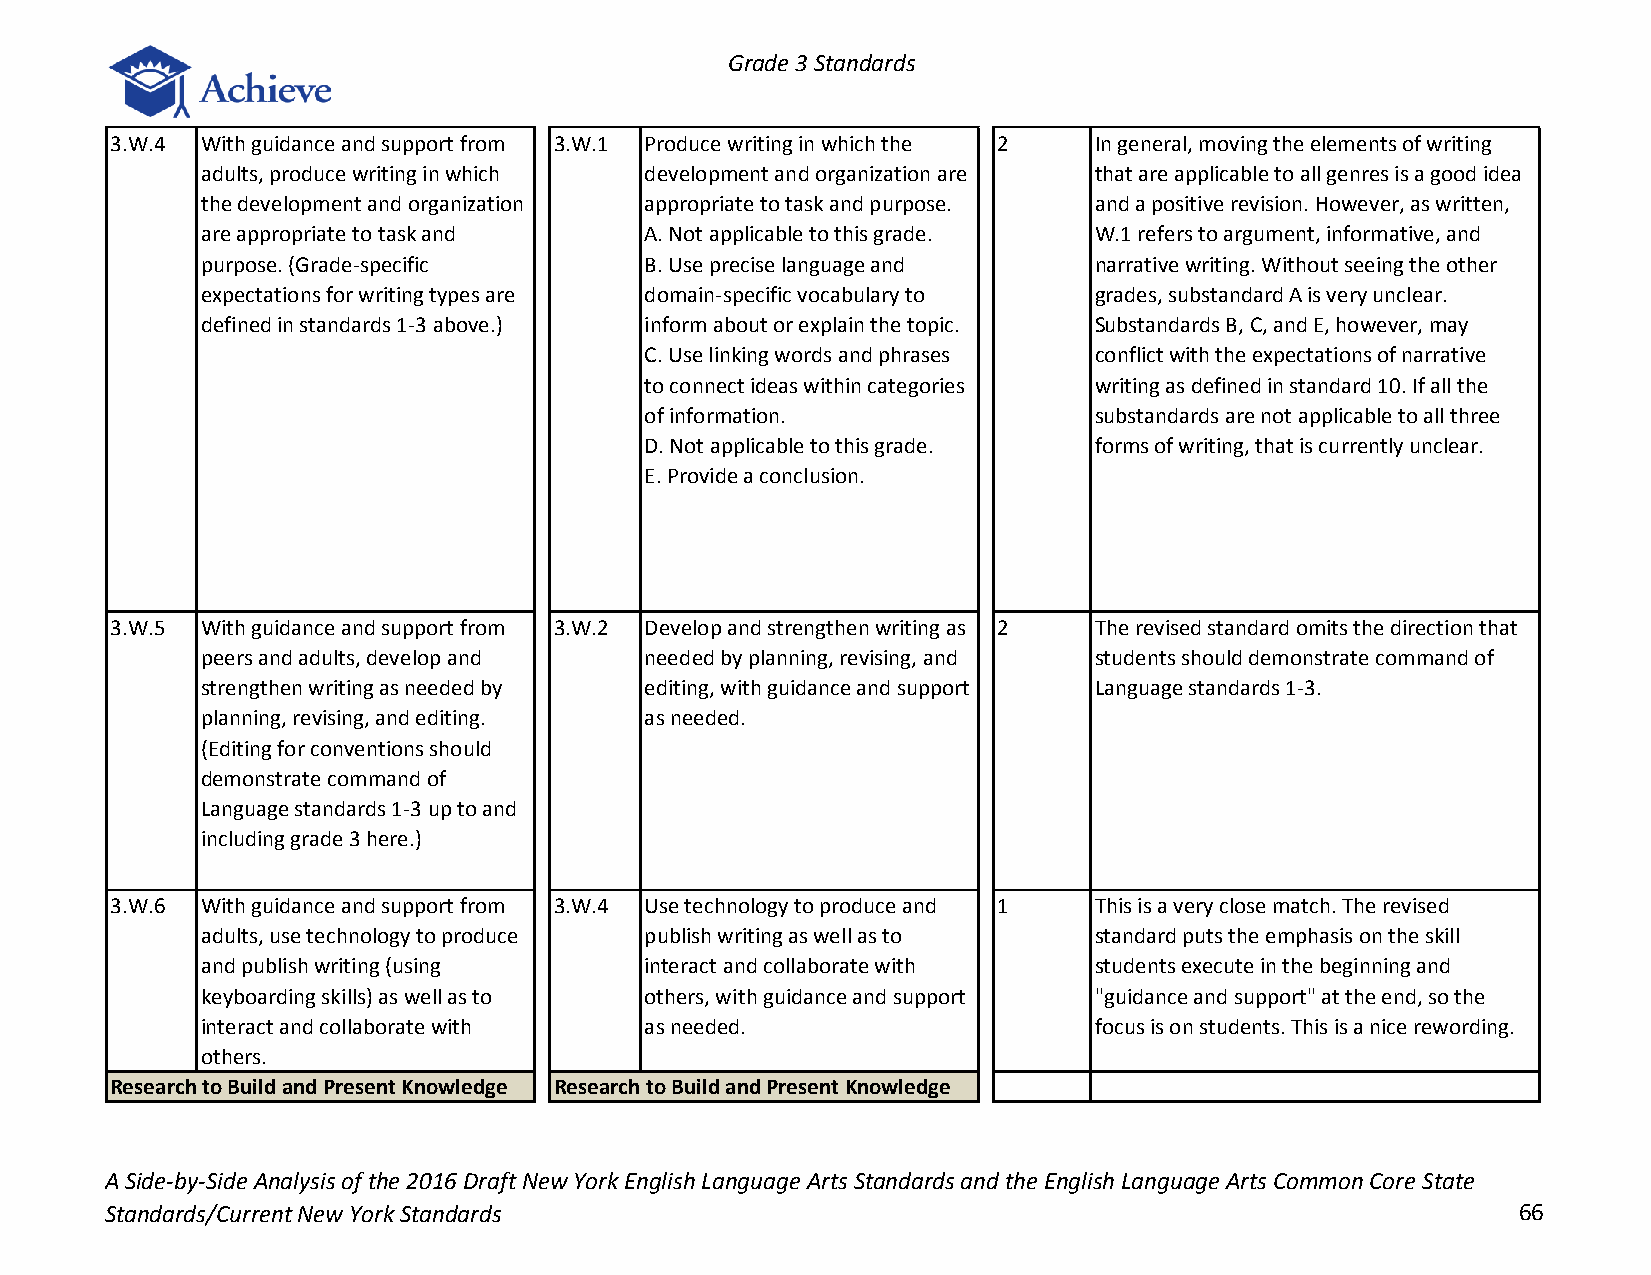
Grade 3 Standards
 3.W.4 With guidance and support from 3.W.1 Produce writing in which the 2 In general, moving the elements of writing
 adults, produce writing in which development and organization are that are applicable to all genres is a good idea
 the development and organization appropriate to task and purpose. and a positive revision. However, as written,
 are appropriate to task and   A. Not applicable to this grade. W.1 refers to argument, informative, and
 purpose. (Grade-specific      B. Use precise language and  narrative writing. Without seeing the other
 expectations for writing types are domain-specific vocabulary to grades, substandard A is very unclear.
 defined in standards 1-3 above.) inform about or explain the topic. Substandards B, C, and E, however, may
 C. Use linking words and phrases conflict with the expectations of narrative
 to connect ideas within categories writing as defined in standard 10. If all the
 of information.              substandards are not applicable to all three
 D. Not applicable to this grade. forms of writing, that is currently unclear.
 E. Provide a conclusion.
 3.W.5 With guidance and support from 3.W.2 Develop and strengthen writing as 2 The revised standard omits the direction that
 peers and adults, develop and needed by planning, revising, and students should demonstrate command of
 strengthen writing as needed by editing, with guidance and support Language standards 1-3.
 planning, revising, and editing. as needed.
 (Editing for conventions should
 demonstrate command of
 Language standards 1-3 up to and
 including grade 3 here.)
 3.W.6 With guidance and support from 3.W.4 Use technology to produce and 1 This is a very close match. The revised
 adults, use technology to produce publish writing as well as to standard puts the emphasis on the skill
 and publish writing (using    interact and collaborate with students execute in the beginning and
 keyboarding skills) as well as to others, with guidance and support "guidance and support" at the end, so the
 interact and collaborate with as needed.                   focus is on students. This is a nice rewording.
 others.
 Research to Build and Present Knowledge Research to Build and Present Knowledge
 A Side-by-Side Analysis of the 2016 Draft New York English Language Arts Standards and the English Language Arts Common Core State
 Standards/Current New York Standards                                                         66